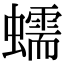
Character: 蠕